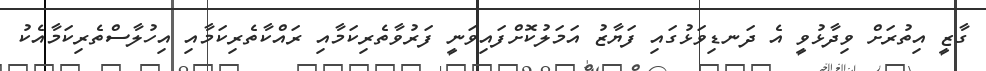
ގާޒީ އިތުރަށް ވިދާޅުވީ އެ ދަނޑިވަޅުގައި ފަޔާޒު އަމަލުކޮށްފައިވަނީ ފަރުވާތެރިކަމާއި ރައްކާތެރިކަމާއި އިހުލާސްތެރިކަމާއެކު